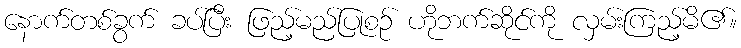
နောက်တစ်ခွက် ခပ်ပြီး ဖြည့်မည်ပြုစဉ် ဟိုဘက်ဆိုင်ကို လှမ်းကြည့်မိ၏။